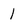
Character: 1